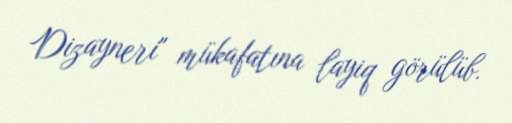
Dizayneri" mükafatına layiq görülüb.